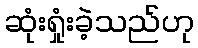
ဆုံးရှုံးခဲ့သည်ဟု